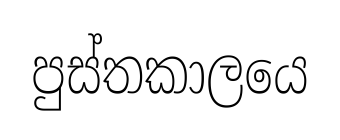
පුස්තකාලයෙ